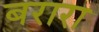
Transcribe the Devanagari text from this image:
बरारा